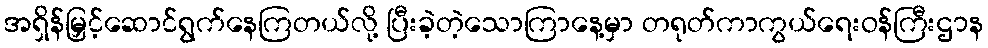
အရှိန်မြှင့်ဆောင်ရွက်နေကြတယ်လို့ ပြီးခဲ့တဲ့သောကြာနေ့မှာ တရုတ်ကာကွယ်ရေးဝန်ကြီးဌာန